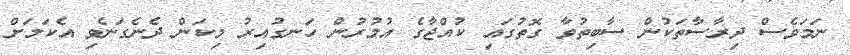
ނަމަވެސް ދިރާސާތަކުން ސާބިތުވާ ގޮތުގައި ކުއްޖާގެ އުމުރުން ހަނގުއިރު މިކަން ދެނެގަނެވި އެކަމަށް